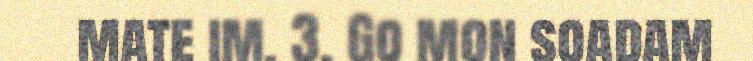
mate im. 3. Go mon soadam